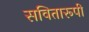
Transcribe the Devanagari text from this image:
सवितारूपी